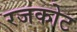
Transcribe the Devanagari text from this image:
रजकोट